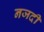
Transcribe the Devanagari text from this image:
नजदी